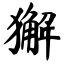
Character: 獬